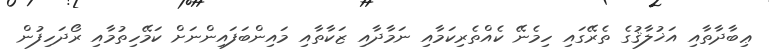
ޢިބާދާތާއި އަޚުލާޤުގެ ތެރޭގައި ހިމެނޭ ކެއްތެރިކަމާއި ނަމާދާއި ޒަކާތާއި މައިންބަފައިންނަށް ކަމޭހިތުމާއި ރޯދަހިފުން